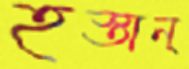
হস্তান্